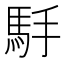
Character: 𱄒